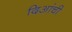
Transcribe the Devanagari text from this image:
दिआंची